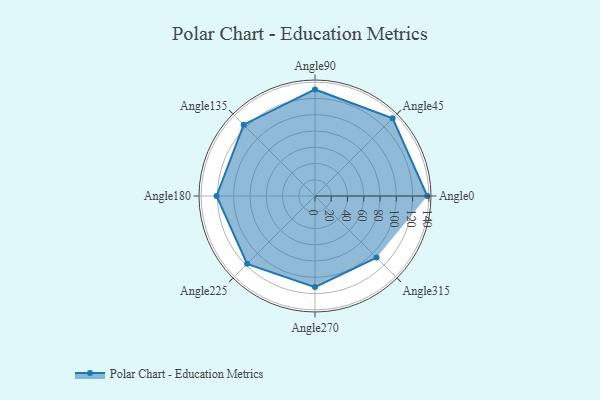
{"axis": {"x": "Angle", "y": "Radius"}, "legend": [""], "data": [{"x": "Angle0", "y": 138.0, "type": ""}, {"x": "Angle45", "y": 135.0, "type": ""}, {"x": "Angle90", "y": 131.0, "type": ""}, {"x": "Angle135", "y": 124.0, "type": ""}, {"x": "Angle180", "y": 121.0, "type": ""}, {"x": "Angle225", "y": 118.0, "type": ""}, {"x": "Angle270", "y": 112.0, "type": ""}, {"x": "Angle315", "y": 107.0, "type": ""}]}